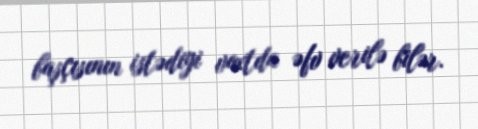
başçısının istədiyi vaxtda əfv verilə bilər.